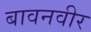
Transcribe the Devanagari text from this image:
बावनवीर